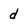
Character: d